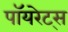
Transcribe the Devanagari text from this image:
पॉयरेट्स